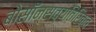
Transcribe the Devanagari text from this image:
बोसॉन्सव्यतिरिक्त